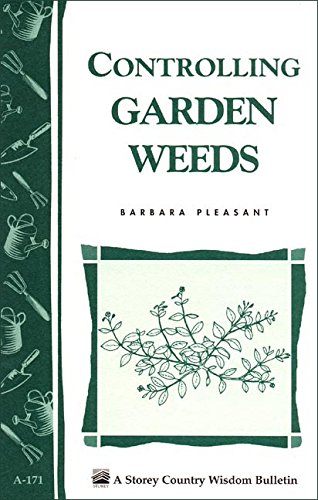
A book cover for Controlling Garden Weeds: Storey's Country Wisdom Bulletin A-171 (Storey Country Wisdom Bulletin); Barbara Pleasant; Crafts, Hobbies & Home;